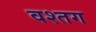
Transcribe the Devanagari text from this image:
वश्तग